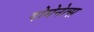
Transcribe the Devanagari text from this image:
दोमेनेत्स